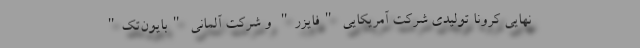
نهایی کرونا تولیدی شرکت آمریکایی "فایزر" و شرکت آلمانی "بایون‌تک"